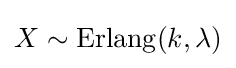
X\sim \mathrm {Erlang} (k,\lambda )